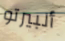
ألبيرتو